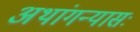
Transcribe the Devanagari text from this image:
अथांगन्यासः